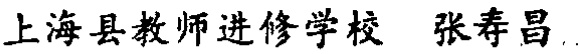
上海县教师进修学校 张寿昌